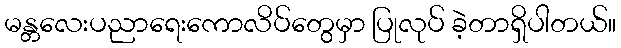
မန္တလေးပညာရေးကောလိပ်တွေမှာ ပြုလုပ် ခဲ့တာရှိပါတယ်။